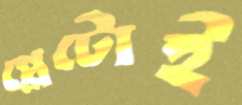
প্লেটোই